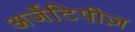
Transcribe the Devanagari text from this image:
अर्जेटिपीज़